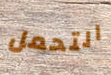
التحمل